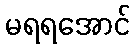
မရရအောင်